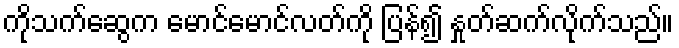
ကိုသက်ဆွေက မောင်မောင်လတ်ကို ပြန်၍ နှုတ်ဆက်လိုက်သည်။